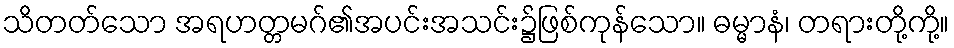
သိတတ်သော အရဟတ္တမဂ်၏အပင်းအသင်း၌ဖြစ်ကုန်သော။ ဓမ္မာနံ၊ တရားတို့ကို့။